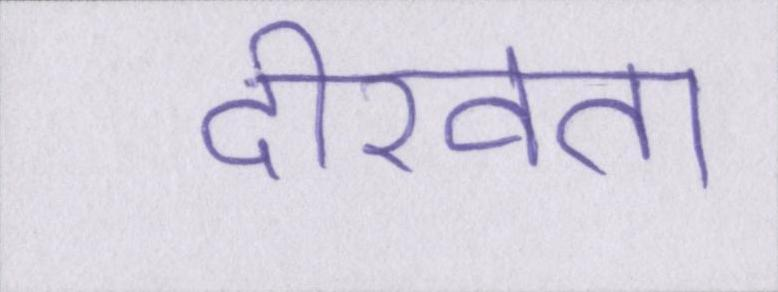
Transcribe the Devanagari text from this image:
दीखता